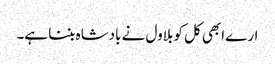
ارے ابھی کل کو بلاول نے بادشاہ بننا ہے۔